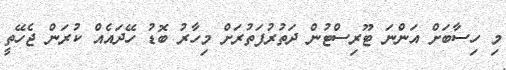
މި ހިސާބަށް އަންނަ ޓޫރިސްޓުން ދަތުރުފަތުރަށް މިހާރު ބޮޑު ހޭދައެއް ކުރަން ޖެހޭތީ